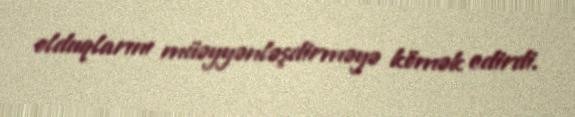
olduqlarını müəyyənləşdirməyə kömək edirdi.